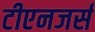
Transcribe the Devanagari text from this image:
टीएनजर्स